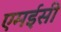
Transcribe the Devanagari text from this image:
एमईसी